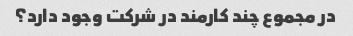
در مجموع چند کارمند در شرکت وجود دارد؟